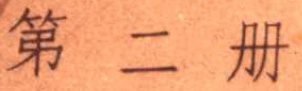
第二册